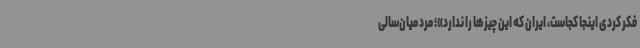
فکر کردی اینجا کجاست، ایران که این چیزها را ندارد»؛ مرد میان‌سالی